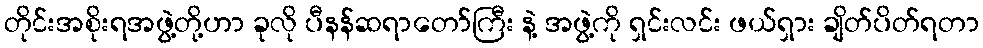
တိုင်းအစိုးရအဖွဲ့တို့ဟာ ခုလို ပီနန်ဆရာတော်ကြီး နဲ့ အဖွဲ့ကို ရှင်းလင်း ဖယ်ရှား ချိတ်ပိတ်ရတာ